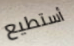
أستطيع